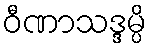
ဝီဏာသဒ္ဒမ္ပိ